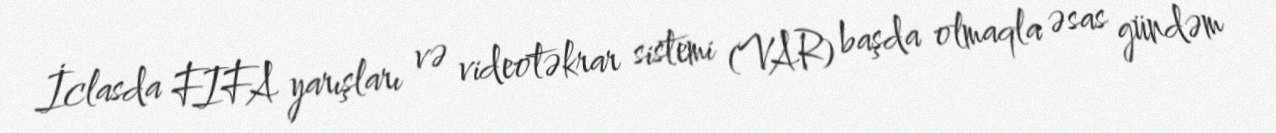
İclasda FIFA yarışları və videotəkrar sistemi (VAR) başda olmaqla əsas gündəm